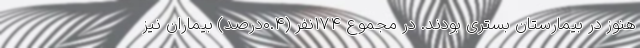
هنوز در بیمارستان بستری بودند. در مجموع ۱۷۴نفر (۰.۴درصد) بیماران نیز